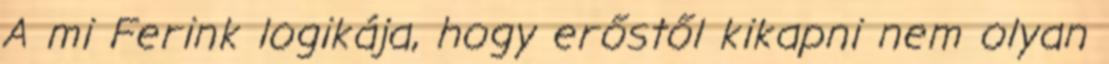
A mi Ferink logikája, hogy erőstől kikapni nem olyan